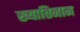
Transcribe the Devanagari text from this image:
ख्यातिनाम